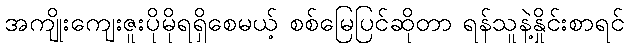
အကျိုးကျေးဇူးပိုမိုရရှိစေမယ့် စစ်မြေပြင်ဆိုတာ ရန်သူနဲ့နှိုင်းစာရင်